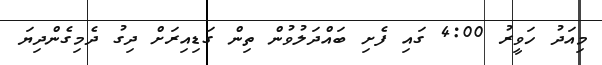
މިއަދު ހަވީރު 4:00 ގައި ފެށި ބައްދަލުވުން ތިން ގަޑިއިރަށް ދިގު ދެމިގެންދިޔަ